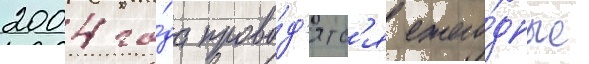
2004 го́да прово́д'ятс'я ежего́дные